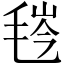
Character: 𬇁